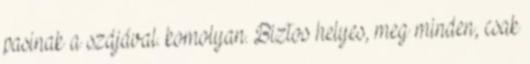
pasinak a szájával. komolyan. Biztos helyes, meg minden, csak